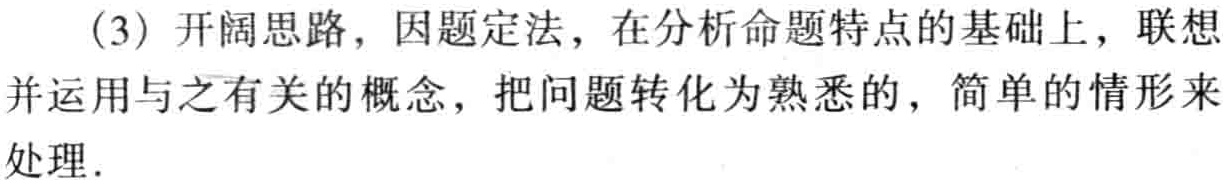
(3) 开阔思路，因题定法，在分析命题特点的基础上，联想并运用与之有关的概念，把问题转化为熟悉的，简单的情形来处理.